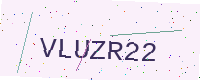
Text: VLUZR22